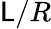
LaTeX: \mathsf{L}/R